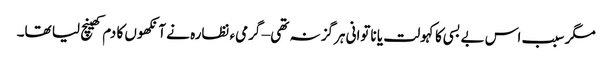
مگر سبب اس بے بسی کا کہولت یا ناتوانی ہرگز نہ تھی – گرمیء نظارہ نے آنکھوں کا دم کھینچ لیا تھا۔